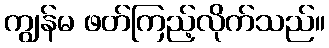
ကျွန်မ ဖတ်ကြည့်လိုက်သည်။